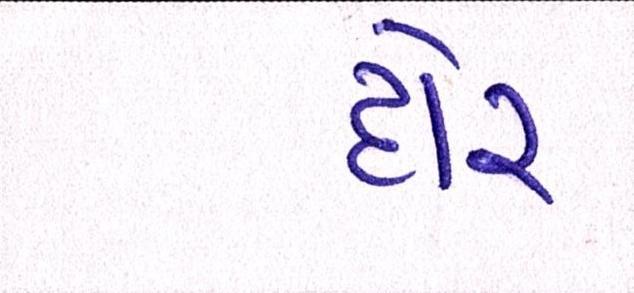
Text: દોર